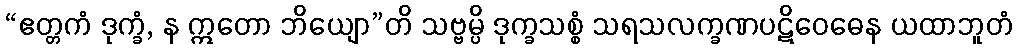
“ဧတ္တကံ ဒုက္ခံ, န ဣတော ဘိယျော”တိ သဗ္ဗမ္ပိ ဒုက္ခသစ္စံ သရသလက္ခဏပဋိဝေဓေန ယထာဘူတံ